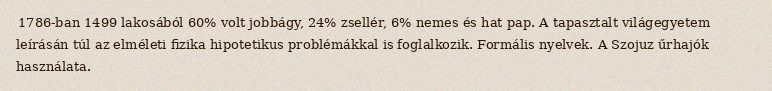
1786-ban 1499 lakosából 60% volt jobbágy, 24% zsellér, 6% nemes és hat pap. A tapasztalt világegyetem leírásán túl az elméleti fizika hipotetikus problémákkal is foglalkozik. Formális nyelvek. A Szojuz űrhajók használata.